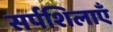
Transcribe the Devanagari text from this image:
सर्पशिलाएँ